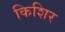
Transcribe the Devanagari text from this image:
किशिर